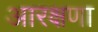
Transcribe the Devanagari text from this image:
आरक्षणा